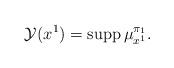
LaTeX: \begin{align*}\mathcal{Y}(x^1)=\operatorname{supp}\mu^{\pi_1}_{x^1}.\end{align*}